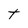
Character: T